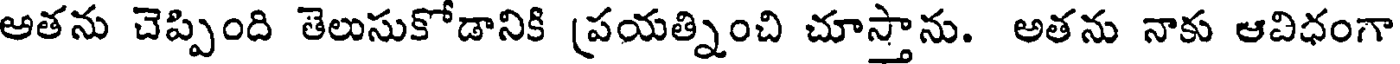
అతను చెప్పింది తెలుసుకోడానికి (పయత్నించి చూస్తాను. అతను నాకు ఆవిధంగా